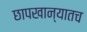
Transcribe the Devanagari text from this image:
छापखान्यातच